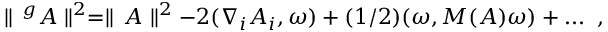
\parallel \, ^ { g } A \parallel ^ { 2 } = \parallel \, A \parallel ^ { 2 } - 2 ( \nabla _ { i } A _ { i } , \omega ) + ( 1 / 2 ) ( \omega , M ( A ) \omega ) + . . . \; \; ,